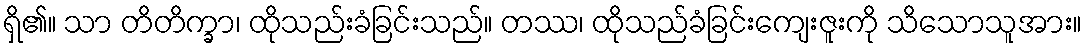
ရှိ၏။ သာ တိတိက္ခာ၊ ထိုသည်းခံခြင်းသည်။ တဿ၊ ထိုသည်ခံခြင်းကျေးဇူးကို သိသောသူအား။